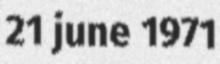
21 june 1971